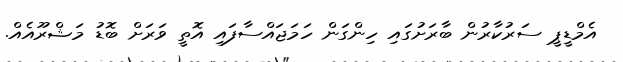
އެމްޑީޕީ ސަރުކާރުން ބާރަށުގައި ހިންގަން ހަމަޖައްސާފައި އޮތީ ވަރަށް ބޮޑު މަޝްރޫއެއް.